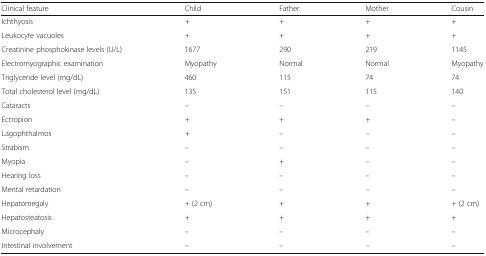
<table><thead><tr><td><b>Clinical feature</b></td><td><b>Child</b></td><td><b>Father</b></td><td><b>Mother</b></td><td><b>Cousin</b></td></tr></thead><tbody><tr><td>Ichthyosis</td><td>+</td><td>+</td><td>+</td><td>+</td></tr><tr><td>Leukocyte vacuoles</td><td>+</td><td>+</td><td>+</td><td>+</td></tr><tr><td>Creatinine phosphokinase levels (U/L)</td><td>1677</td><td>290</td><td>219</td><td>1145</td></tr><tr><td>Electromyographic examination</td><td>Myopathy</td><td>Normal</td><td>Normal</td><td>Myopathy</td></tr><tr><td>Triglyceride level (mg/dL)</td><td>460</td><td>115</td><td>74</td><td>74</td></tr><tr><td>Total cholesterol level (mg/dL)</td><td>135</td><td>151</td><td>115</td><td>140</td></tr><tr><td>Cataracts</td><td>–</td><td>–</td><td>–</td><td>–</td></tr><tr><td>Ectropion</td><td>+</td><td>+</td><td>+</td><td>–</td></tr><tr><td>Lagophthalmos</td><td>+</td><td>–</td><td>–</td><td>–</td></tr><tr><td>Strabism</td><td>–</td><td>–</td><td>–</td><td>–</td></tr><tr><td>Myopia</td><td>–</td><td>+</td><td>–</td><td>–</td></tr><tr><td>Hearing loss</td><td>–</td><td>–</td><td>–</td><td>–</td></tr><tr><td>Mental retardation</td><td>–</td><td>–</td><td>–</td><td>–</td></tr><tr><td>Hepatomegaly</td><td>+ (2 cm)</td><td>+</td><td>+</td><td>+ (2 cm)</td></tr><tr><td>Hepatosteatosis</td><td>+</td><td>+</td><td>+</td><td>+</td></tr><tr><td>Microcephaly</td><td>–</td><td>–</td><td>–</td><td>–</td></tr><tr><td>Intestinal involvement</td><td>–</td><td>–</td><td>–</td><td>–</td></tr></tbody></table>